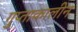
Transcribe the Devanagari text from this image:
गुप्ताकालीन